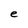
Character: e